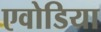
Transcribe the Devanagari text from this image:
एवोडिया